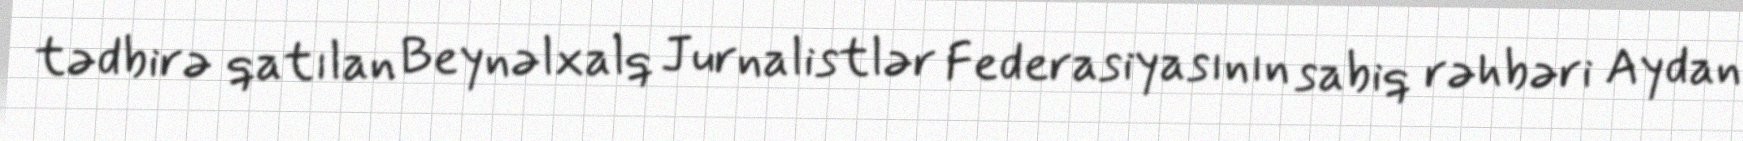
tədbirə qatılan Beynəlxalq Jurnalistlər Federasiyasının sabiq rəhbəri Aydan